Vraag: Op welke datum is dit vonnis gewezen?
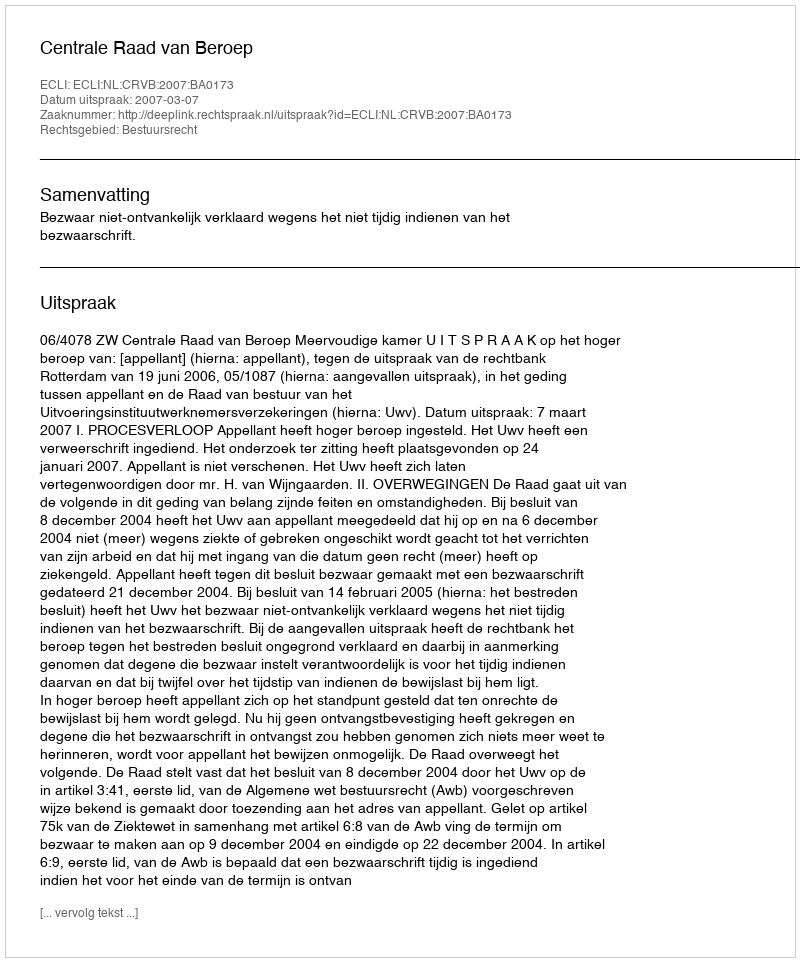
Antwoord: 2007-03-07